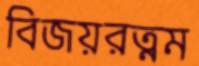
বিজয়রত্নম